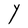
Character: Y